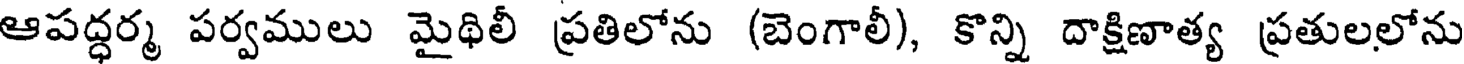
ఆపద్ధర్మ పర్వములు మైథిలీ ప్రతిలోను (బెంగాలీ), కొన్ని దాక్షిణాత్య ప్రతులలోను